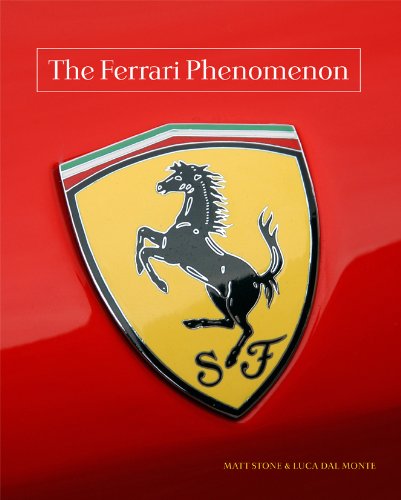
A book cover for The Ferrari Phenomenon: An Unconventional View of the World's Most Charismatic Cars; Matt Stone; Engineering & Transportation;